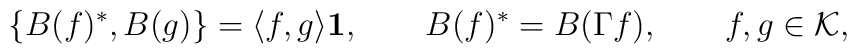
\{ B(f)^*,B(g) \} = \langle f,g \rangle {\bf 1},\qquad B(f)^* = B(\Gamma f), \qquad f,g\in{\cal K},